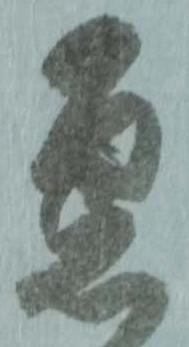
急